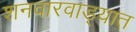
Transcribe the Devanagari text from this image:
शनवारवाड्यात